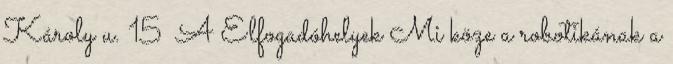
Károly u. 15 A Elfogadóhelyek Mi köze a robotikának a